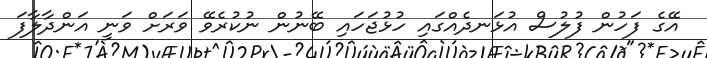
އޭގެ ފަހުން ފުލުސް އުޅަނދެއްގައި ހުޅުޖަހައި ބޭނުން ނުކުރެވޭ ވަރަށް ވަނީ އަންދާލާފަ